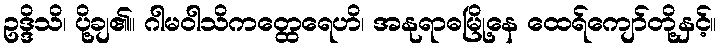
ဥဒ္ဒိသိ၊ ပို့ချ၏။ ဂါမဝါသိကတ္ထေရေဟိ၊ အနုရာဓမြို့နေ ထေရ်ကျော်တို့နှင့်။